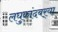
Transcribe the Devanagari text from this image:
लघुकांदबर्‍या